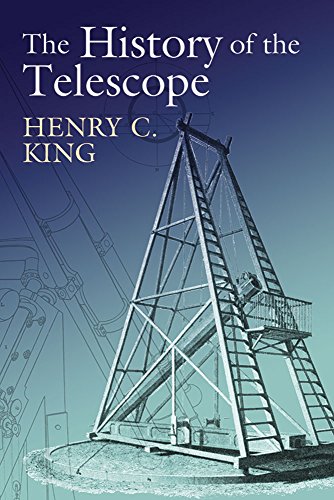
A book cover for The History of the Telescope (Dover Books on Astronomy); Henry C. King; Science & Math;